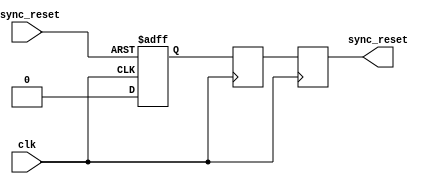
module async_reset_synchronizer (
    input wire clk,                // Clock signal
    input wire async_reset,        // Asynchronous reset signal (active high)
    output reg sync_reset          // Synchronized reset signal
);

// Internal signals
reg ff1, ff2;

// Synchronization process
always @(posedge clk or posedge async_reset) begin
    if (async_reset) begin
        ff1 <= 1'b1;  // Capture the asynchronous reset
    end else begin
        ff1 <= 1'b0;  // Clear ff1 when async_reset is not active
    end
end

always @(posedge clk) begin
    ff2 <= ff1;  // Synchronize ff1 to the clock domain
end

// Output the synchronized reset signal
always @(posedge clk) begin
    sync_reset <= ff2;  // Output the synchronized reset
end

endmodule